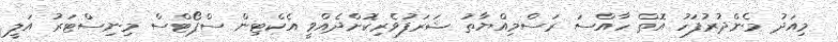
މިއަދު މެންދުރުފަހު އޮތް ހާއްސަ ރަސްމިއްޔާތު ޝަރަފުވެރިކޮށްދެއްވީ އެކްޓިން ސްޕޯޓްސް މިނިސްޓަރު އަލީ